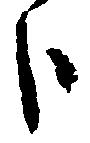
歩